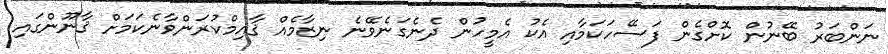
ނަންބަރު ބޭނުން ކޮށްގެން ފަސޭހަކަމާއި އެކު އެމީހުން ދެނެގަނެވޭނެ ނިޒާމެއް ޤާއިމްކުރަންވާނެކަމަށް ޤާނޫންގައި